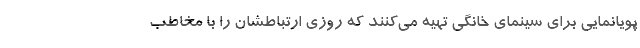
پویانمایی برای سینمای خانگی تهیه می‌کنند که روزی ارتباطشان را با مخاطب